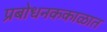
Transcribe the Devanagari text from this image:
प्रबोधनककाळात